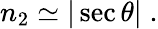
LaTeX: \begin{array}{r}{n_{2}\simeq|\sec\theta|\; .}\end{array}